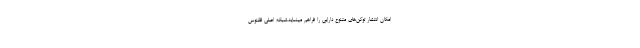
امکان انتشار توکن‌های متنوع دارایی را فراهم مینماید.شبکه اصلی ققنوس